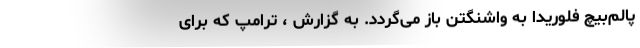
پالم‌بیچ فلوریدا به واشنگتن باز می‌گردد. به گزارش ، ترامپ که برای